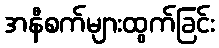
အနီစက်များထွက်ခြင်း